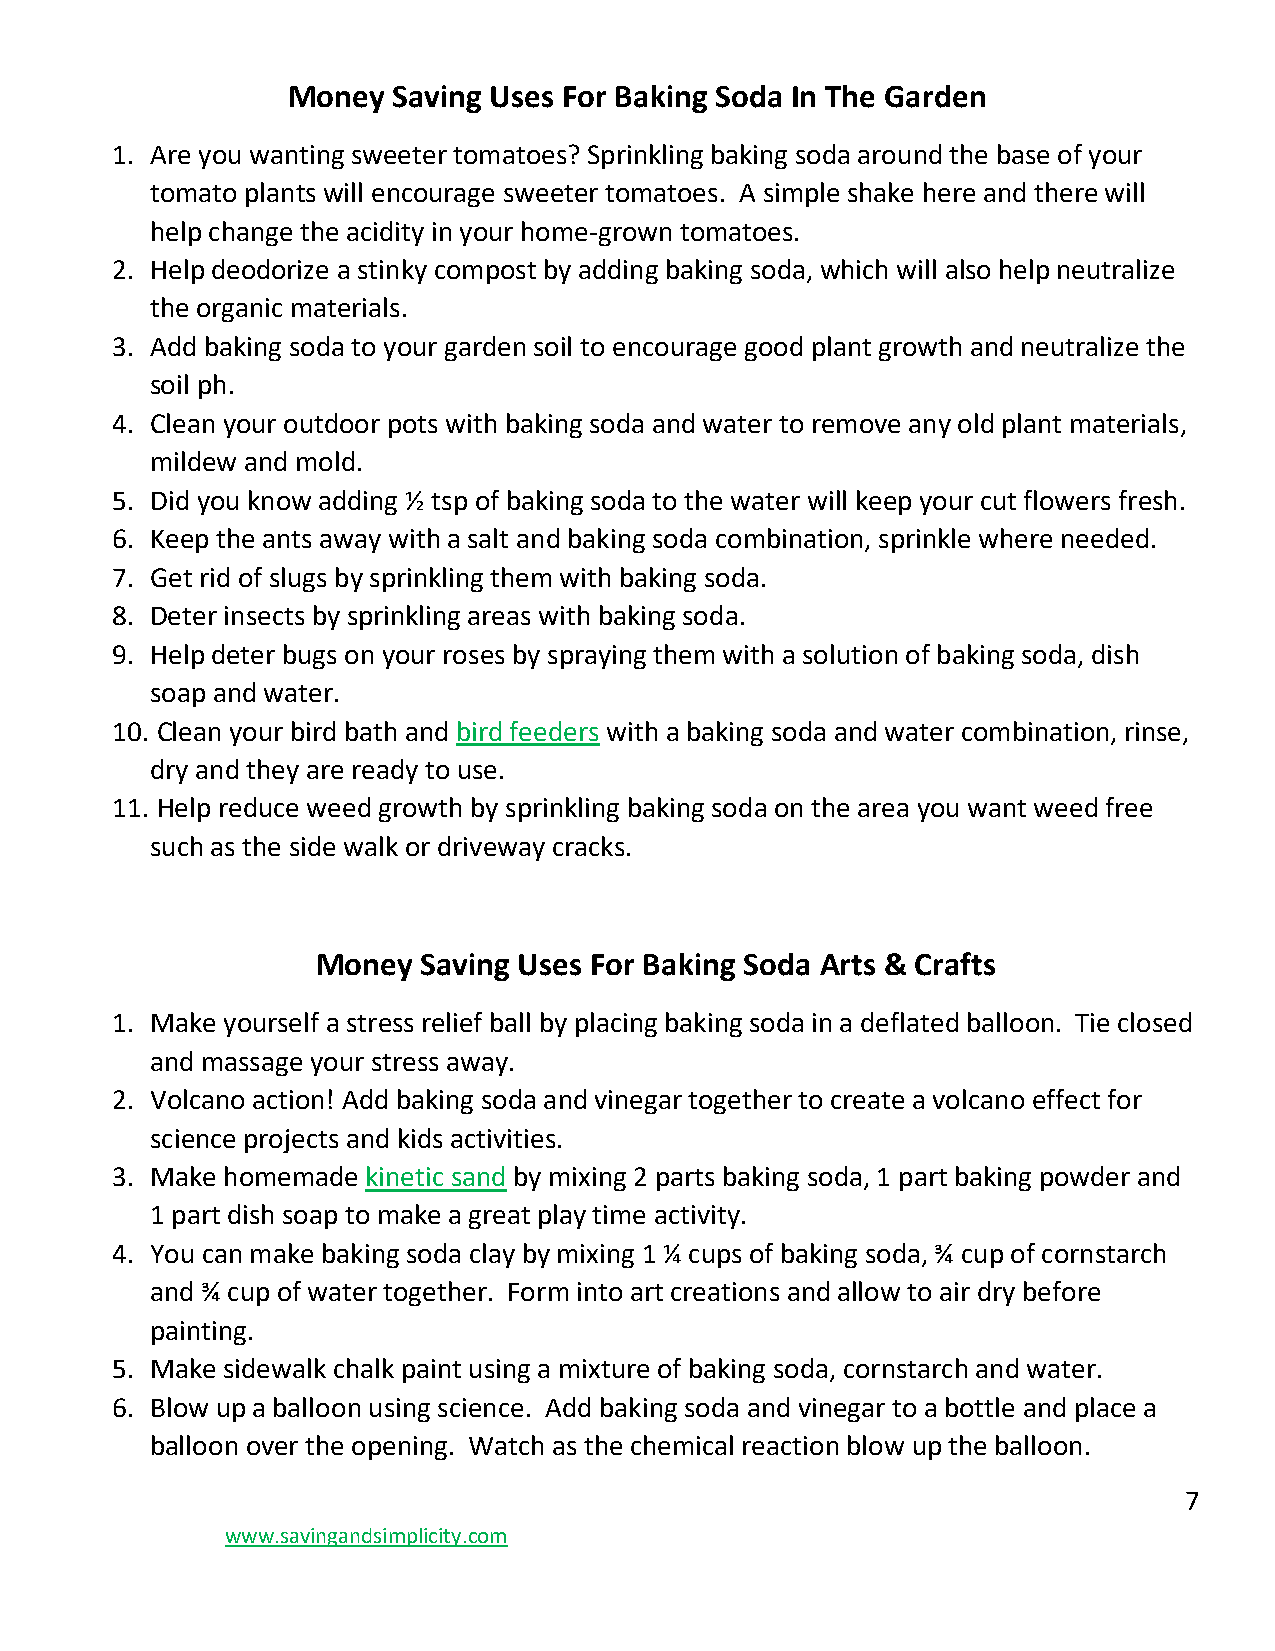
Money  Saving Uses For Baking Soda In The Garden
 1. Are you wanting sweeter tomatoes? Sprinkling baking soda around the base of your
 tomato plants will encourage sweeter tomatoes. A simple shake here and there will
 help change the acidity in your home-grown tomatoes.
 2. Help deodorize a stinky compost by adding baking soda, which will also help neutralize
 the organic materials.
 3. Add baking soda to your garden soil to encourage good plant growth and neutralize the
 soil ph.
 4. Clean your outdoor pots with baking soda and water to remove any old plant materials,
 mildew and mold.
 5. Did you know adding ½ tsp of baking soda to the water will keep your cut flowers fresh.
 6. Keep the ants away with a salt and baking soda combination, sprinkle where needed.
 7. Get rid of slugs by sprinkling them with baking soda.
 8. Deter insects by sprinkling areas with baking soda.
 9. Help deter bugs on your roses by spraying them with a solution of baking soda, dish
 soap and water.
 10. Clean your bird bath and bird feeders with a baking soda and water combination, rinse,
 dry and they are ready to use.
 11. Help reduce weed growth by sprinkling baking soda on the area you want weed free
 such as the side walk or driveway cracks.
 Money  Saving Uses For Baking Soda Arts & Crafts
 1. Make yourself a stress relief ball by placing baking soda in a deflated balloon. Tie closed
 and massage your stress away.
 2. Volcano action! Add baking soda and vinegar together to create a volcano effect for
 science projects and kids activities.
 3. Make homemade kinetic sand by mixing 2 parts baking soda, 1 part baking powder and
 1 part dish soap to make a great play time activity.
 4. You can make baking soda clay by mixing 1 ¼ cups of baking soda, ¾ cup of cornstarch
 and ¾ cup of water together. Form into art creations and allow to air dry before
 painting.
 5. Make sidewalk chalk paint using a mixture of baking soda, cornstarch and water.
 6. Blow up a balloon using science. Add baking soda and vinegar to a bottle and place a
 balloon over the opening. Watch as the chemical reaction blow up the balloon.
 7
 www.savingandsimplicity.com